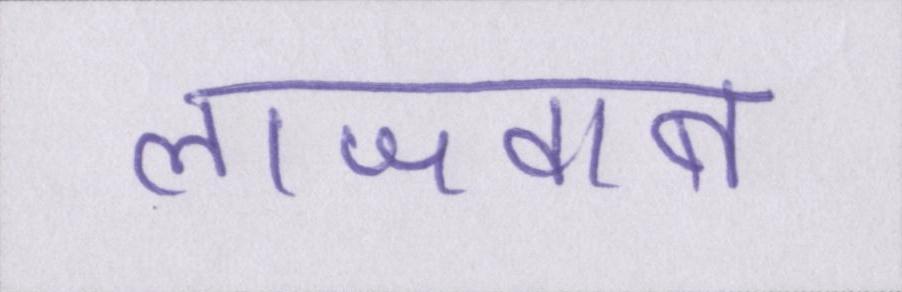
लाजवाब